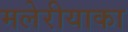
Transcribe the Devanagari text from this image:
मलेरीयाका